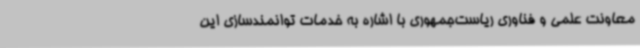
معاونت علمی و فناوری ریاست‌جمهوری با اشاره به خدمات توانمندسازی این